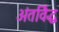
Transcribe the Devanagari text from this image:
अंतर्विद्ध